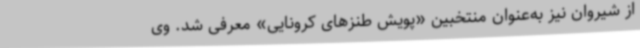
از شیروان نیز به‌عنوان منتخبین «پویش طنزهای کرونایی» معرفی شد. وی